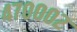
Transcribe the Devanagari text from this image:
४७०००२